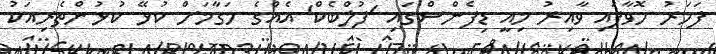
ފަހަރު ހޮވާފައި ވާއިރު މިއީ ޑިފެންސްގައި 'ފުލްބެކް' އެއްގެ މަގާމަށް ކުޅޭ ކުޅުންތެރިއަކު